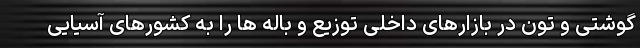
گوشتی و تون در بازارهای داخلی توزیع و باله ها را به کشورهای آسیایی